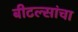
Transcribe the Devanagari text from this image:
बीटल्सांचा